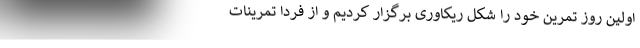
اولین روز تمرین خود را شکل ریکاوری برگزار کردیم و از فردا تمرینات